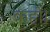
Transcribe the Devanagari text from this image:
कहो।